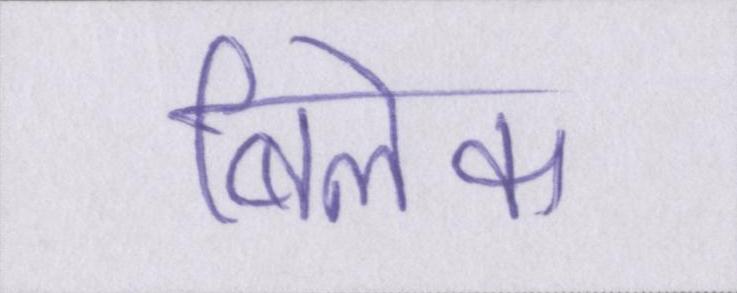
बिलेक